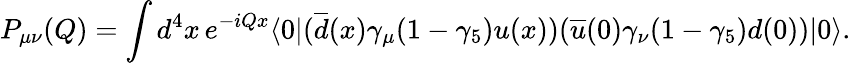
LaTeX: P_{\mu\nu}(Q)=\int d^{4}x\, e^{-iQx}\langle 0|(\overline{{d}}(x)\gamma_{\mu}(1-\gamma_{5})u(x))(\overline{{u}}(0)\gamma_{\nu}(1-\gamma_{5})d(0))|0\rangle.